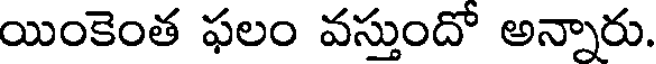
యింకెంత ఫలం వస్తుందో అన్నారు.